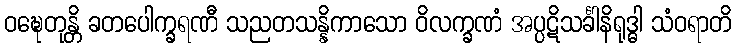
ဝဍ္ဎေတုန္တိ ခတပေါက္ခရဏီ သညတသန္နိကာသော ဝိလက္ခဏံ အပ္ပဋိသင်္ခါနိရုဒ္ဓါ သံဝရာတိ